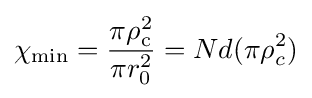
\chi _{\rm {min}}={\frac {\pi \rho _{\rm {c}}^{2}}{\pi r_{0}^{2}}}=Nd(\pi \rho _{c}^{2})